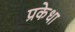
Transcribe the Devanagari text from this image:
प्रकेधा